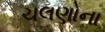
ચલણોના